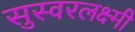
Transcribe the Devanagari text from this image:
सुस्वरलक्ष्मी